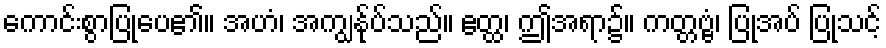
ကောင်းစွာပြုပေ၏။ အဟံ၊ အကျွန်ုပ်သည်။ ဧတ္ထ၊ ဤအရာ၌။ ကတ္တဗ္ဗံ၊ ပြုအပ် ပြုသင့်